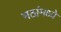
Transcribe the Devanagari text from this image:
मठांमध्ये